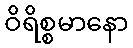
ဝိရိစ္စမာနော